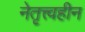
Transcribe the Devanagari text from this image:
नेतृत्त्वहीन